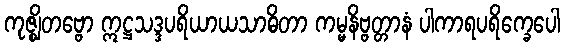
ကုဇ္ဈိတဗ္ဗော ဣဋ္ဌသဒ္ဒပရိယာယသာဓိတာ ကမ္မနိဗ္ဗတ္တာနံ ပါကာရပရိက္ခေပေါ